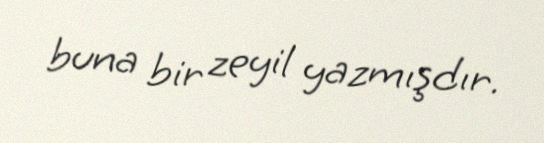
buna bir zeyil yazmışdır.